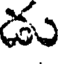
డు